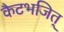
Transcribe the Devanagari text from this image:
कैटभजित्